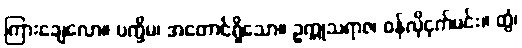
ကြားချေလော။ ပက္ခိမ၊ အတောင်ရှိသော။ ဥက္ကုသရာဇ၊ ဝန်လိုငှက်မင်း။ တွံ၊